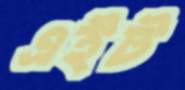
এইট